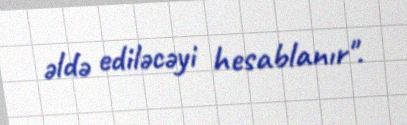
əldə ediləcəyi hesablanır".